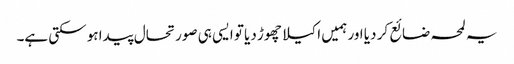
یہ لمحہ ضائع کر دیا اور ہمیں اکیلا چھوڑ دیا تو ایسی ہی صورتحال پیدا ہو سکتی ہے۔